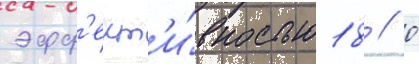
эфф'ект'и́вностью 18 / 0